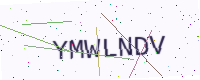
Text: YMWLNDV